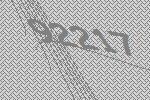
92217